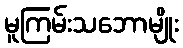
မူကြမ်းသဘောမျိုး